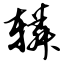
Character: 辚